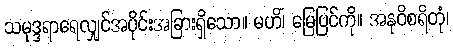
သမုဒ္ဒရာရေလျှင်အပိုင်းအခြားရှိသော။ မဟိံ၊ မြေပြင်ကို။ အနုဝိစရိတုံ၊